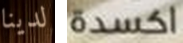
لدينا اكسدة